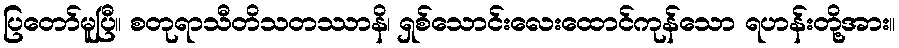
ပြတော်မူပြီ။ စတုရာသီတိသတဿာနိ၊ ရှစ်သောင်းလေးထောင်ကုန်သော ရဟန်းတို့အား။